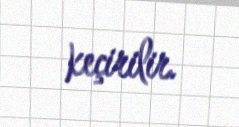
keçirilir.